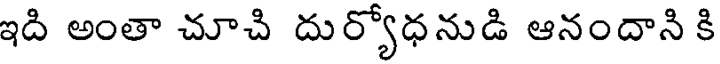
ఇది అంతా చూచి దుర్యోధనుడి ఆనందాని కి